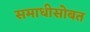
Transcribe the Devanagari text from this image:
समाधीसोबत